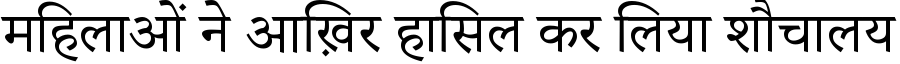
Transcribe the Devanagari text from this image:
महिलाओं ने आख़िर हासिल कर लिया शौचालय